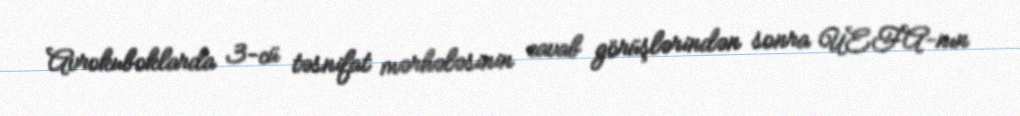
Avrokuboklarda 3-cü təsnifat mərhələsinin cavab görüşlərindən sonra UEFA-nın